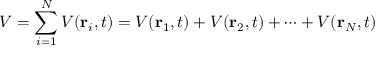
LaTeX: V = \sum _ { i = 1 } ^ { N } V ( \mathbf { r } _ { i } , t ) = V ( \mathbf { r } _ { 1 } , t ) + V ( \mathbf { r } _ { 2 } , t ) + \cdots + V ( \mathbf { r } _ { N } , t )